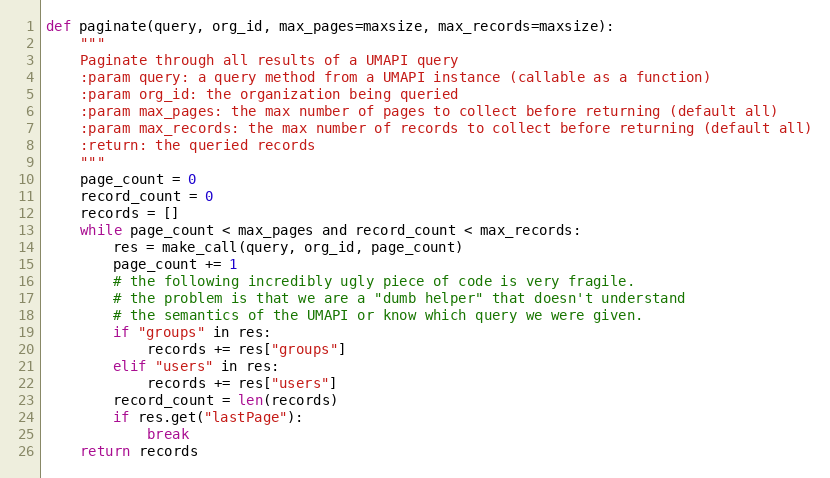
Language: Python
def paginate(query, org_id, max_pages=maxsize, max_records=maxsize):
    """
    Paginate through all results of a UMAPI query
    :param query: a query method from a UMAPI instance (callable as a function)
    :param org_id: the organization being queried
    :param max_pages: the max number of pages to collect before returning (default all)
    :param max_records: the max number of records to collect before returning (default all)
    :return: the queried records
    """
    page_count = 0
    record_count = 0
    records = []
    while page_count < max_pages and record_count < max_records:
        res = make_call(query, org_id, page_count)
        page_count += 1
        # the following incredibly ugly piece of code is very fragile.
        # the problem is that we are a "dumb helper" that doesn't understand
        # the semantics of the UMAPI or know which query we were given.
        if "groups" in res:
            records += res["groups"]
        elif "users" in res:
            records += res["users"]
        record_count = len(records)
        if res.get("lastPage"):
            break
    return records